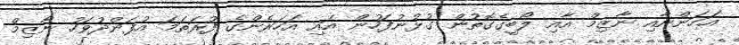
އަހަންނާއި ނާޒިމް އާއި ލޯބީގެގޮތުން ގުޅުނުފަހުން އައި އަހަރެންގެ ފުރަތަމަ އުފަންދުވަހު ނާޒިމް